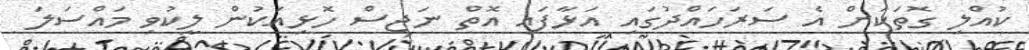
ކުއްލި ގޮތަކަށް އެ ސަރަހައްދުގައި އަޅާފައި އޮތް ނަޖިސް ހޮޅިއަކުން ލީކުވި މައްސަލަ